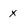
Character: x